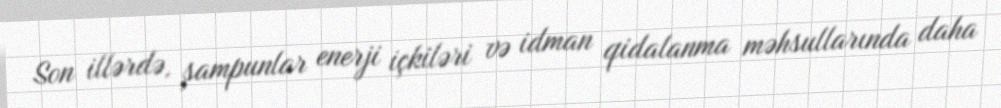
Son illərdə, şampunlar enerji içkiləri və idman qidalanma məhsullarında daha